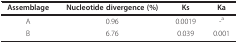
<table><thead><tr><td><b>Assemblage</b></td><td><b>Nucleotide divergence (%)</b></td><td><b>Ks</b></td><td><b>Ka</b></td></tr></thead><tbody><tr><td>A</td><td>0.96</td><td>0.0019</td><td>-<sup>a</sup></td></tr><tr><td>B</td><td>6.76</td><td>0.039</td><td>0.001</td></tr></tbody></table>